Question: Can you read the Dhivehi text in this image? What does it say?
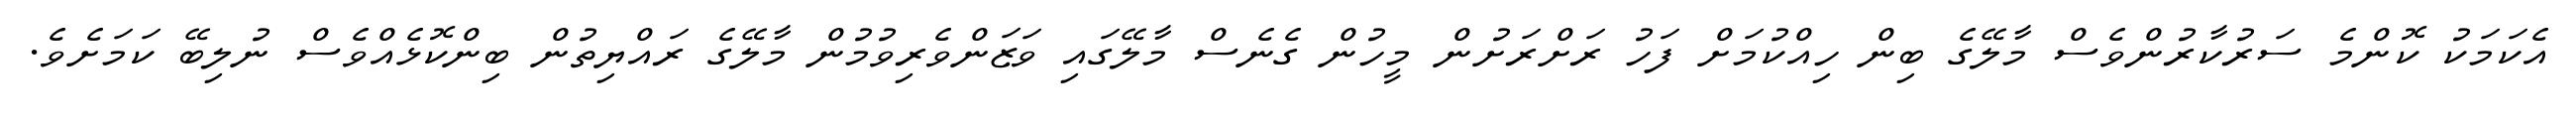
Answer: އެކަމަކު ކޮންމެ ސަރުކާރުންވެސް މާލޭގެ ބިން ހިއްކުމަށް ފަހު ރަށްރަށުން މީހުން ގެނެސް މާލޭގައި ވަޒަންވެރިވުމުން މާލޭގެ ރައްޔިތުން ބިންކޮޅެއްވެސް ނުލިބޭ ކަމަށެވެ.